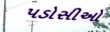
પડોસીઓ